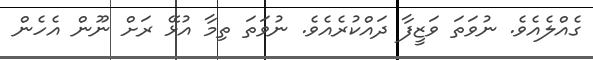
ގެއްލެއެވެ. ނުވަތަ ވަޒީފާ ދައްކުރެއެވެ. ނުވަތަ ތިމާ އުޅޭ ރަށް ނޫން އެހެން